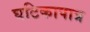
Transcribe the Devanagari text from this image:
घटिकापात्र